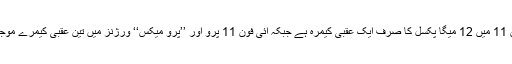
آئی فون 11 میں 12 میگا پکسل کا صرف ایک عقبی کیمرہ ہے جبکہ آئی فون 11 پرو اور ’’پرو میکس‘‘ ورژنز میں تین عقبی کیمرے موجود ہیں۔